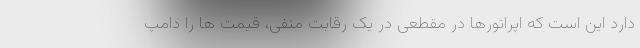
دارد این است که اپراتورها در مقطعی در یک رقابت منفی، قیمت ها را دامپ